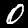
Digit: 0